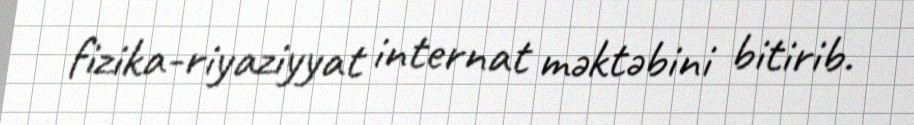
fizika-riyaziyyat internat məktəbini bitirib.